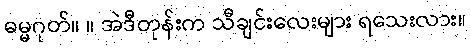
ဓမ္မဂုတ်။ ။ အဲဒီတုန်းက သီချင်းလေးများ ရသေးလား။